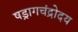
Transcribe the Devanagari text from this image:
षड्रागचंद्रोदय